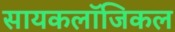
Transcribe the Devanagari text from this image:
सायकलॉजिकल